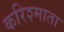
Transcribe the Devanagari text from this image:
करिश्माता